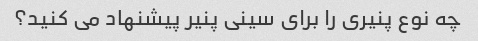
چه نوع پنیری را برای سینی پنیر پیشنهاد می کنید؟